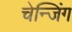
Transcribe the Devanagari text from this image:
चेन्जिंग